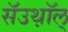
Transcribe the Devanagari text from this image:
सॅउथ़ॉल्